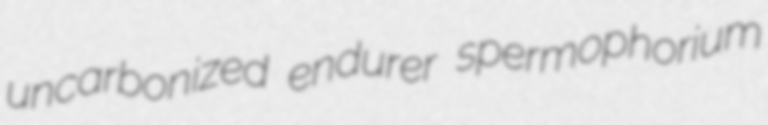
uncarbonized endurer spermophorium